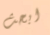
ابحث